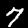
Digit: 7